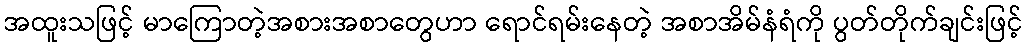
အထူးသဖြင့် မာကြောတဲ့အစားအစာတွေဟာ ရောင်ရမ်းနေတဲ့ အစာအိမ်နံရံကို ပွတ်တိုက်ချင်းဖြင့်